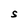
Character: S